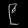
Digit: ၉